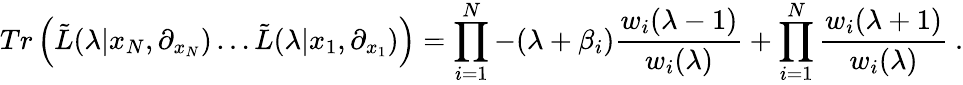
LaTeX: Tr\left({\tilde{L}}(\lambda|x_{N},\partial_{x_{N}})\ldots{\tilde{L}}(\lambda|x_{1},\partial_{x_{1}})\right)=\prod_{i=1}^{N}-(\lambda+\beta_{i})\frac{w_{i}(\lambda-1)}{w_{i}(\lambda)}+\prod_{i=1}^{N}\frac{w_{i}(\lambda+1)}{w_{i}(\lambda)}~.